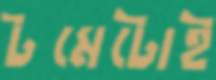
টমেটোই